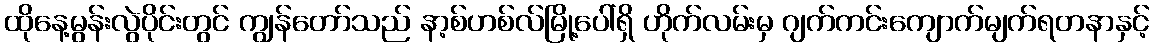
ထိုနေ့မွန်းလွဲပိုင်းတွင် ကျွန်တော်သည် နာ့စ်ဟစ်လ်မြို့ပေါ်ရှိ ဟိုက်လမ်းမှ ဂျက်ကင်းကျောက်မျက်ရတနာနှင့်